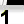
Digit: 1